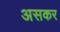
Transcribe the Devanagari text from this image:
असकर